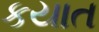
કયાત